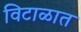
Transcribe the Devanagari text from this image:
विटाळात